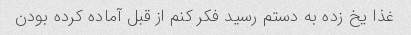
غذا یخ زده به دستم رسید فکر کنم از قبل آماده کرده بودن